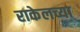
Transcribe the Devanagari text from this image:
राकेलच्या